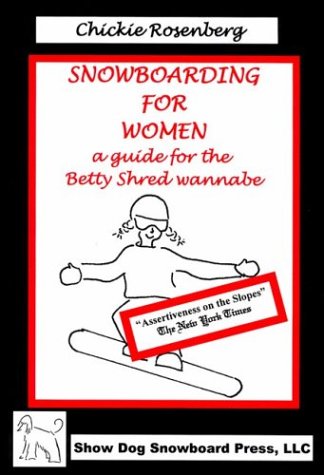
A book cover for Snowboarding for Women: A Guide for the Betty Shred Wannabe; Chickie Rosenberg; Sports & Outdoors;